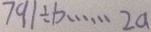
7 9 1 \div b \cdots 2 a